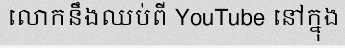
លោកនឹងឈប់ពី YouTube នៅក្នុង